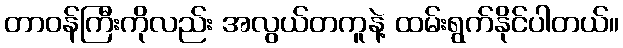
တာဝန်ကြီးကိုလည်း အလွယ်တကူနဲ့ ထမ်းရွက်နိုင်ပါတယ်။